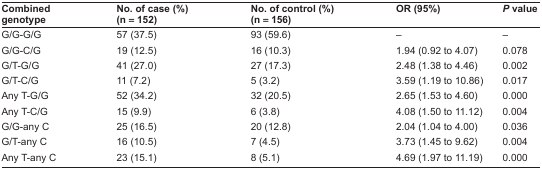
<table><thead><tr><td><b>Combined genotype</b></td><td><b>No. of case (%) (n = 152)</b></td><td><b>No. of control (%) (n = 156)</b></td><td><b>OR (95%)</b></td><td><b><i>P</i> value</b></td></tr></thead><tbody><tr><td>G/G-G/G</td><td>57 (37.5)</td><td>93 (59.6)</td><td>–</td><td>–</td></tr><tr><td>G/G-C/G</td><td>19 (12.5)</td><td>16 (10.3)</td><td>1.94 (0.92 to 4.07)</td><td>0.078</td></tr><tr><td>G/T-G/G</td><td>41 (27.0)</td><td>27 (17.3)</td><td>2.48 (1.38 to 4.46)</td><td>0.002</td></tr><tr><td>G/T-C/G</td><td>11 (7.2)</td><td>5 (3.2)</td><td>3.59 (1.19 to 10.86)</td><td>0.017</td></tr><tr><td>Any T-G/G</td><td>52 (34.2)</td><td>32 (20.5)</td><td>2.65 (1.53 to 4.60)</td><td>0.000</td></tr><tr><td>Any T-C/G</td><td>15 (9.9)</td><td>6 (3.8)</td><td>4.08 (1.50 to 11.12)</td><td>0.004</td></tr><tr><td>G/G-any C</td><td>25 (16.5)</td><td>20 (12.8)</td><td>2.04 (1.04 to 4.00)</td><td>0.036</td></tr><tr><td>G/T-any C</td><td>16 (10.5)</td><td>7 (4.5)</td><td>3.73 (1.45 to 9.62)</td><td>0.004</td></tr><tr><td>Any T-any C</td><td>23 (15.1)</td><td>8 (5.1)</td><td>4.69 (1.97 to 11.19)</td><td>0.000</td></tr></tbody></table>